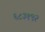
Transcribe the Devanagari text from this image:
६८३१९२